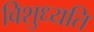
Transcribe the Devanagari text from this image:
विशुध्यति